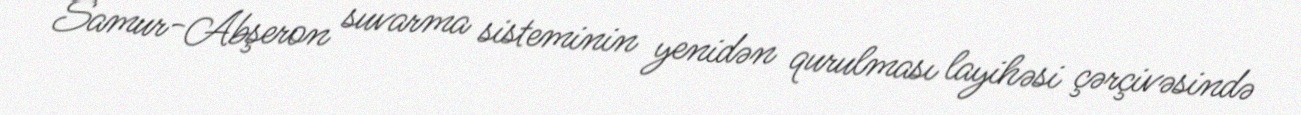
Samur-Abşeron suvarma sisteminin yenidən qurulması layihəsi çərçivəsində